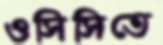
ওসিসিতে